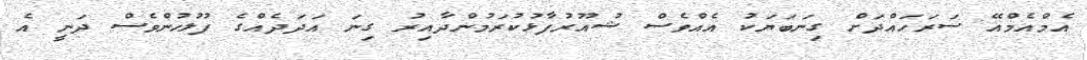
އެމްއެމްއޭ ސަރަހައްދަށް ގިނަބަޔަކު އެއްވެސް ޝުއޫރުފާޅުކުރަމުންދާއިރު ގިނަ އަދަދެއްގެ ފުލުހުންވެސް ދަނީ އެ